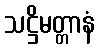
သဋ္ဌိမတ္တာနံ